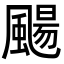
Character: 颺